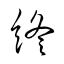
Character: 終